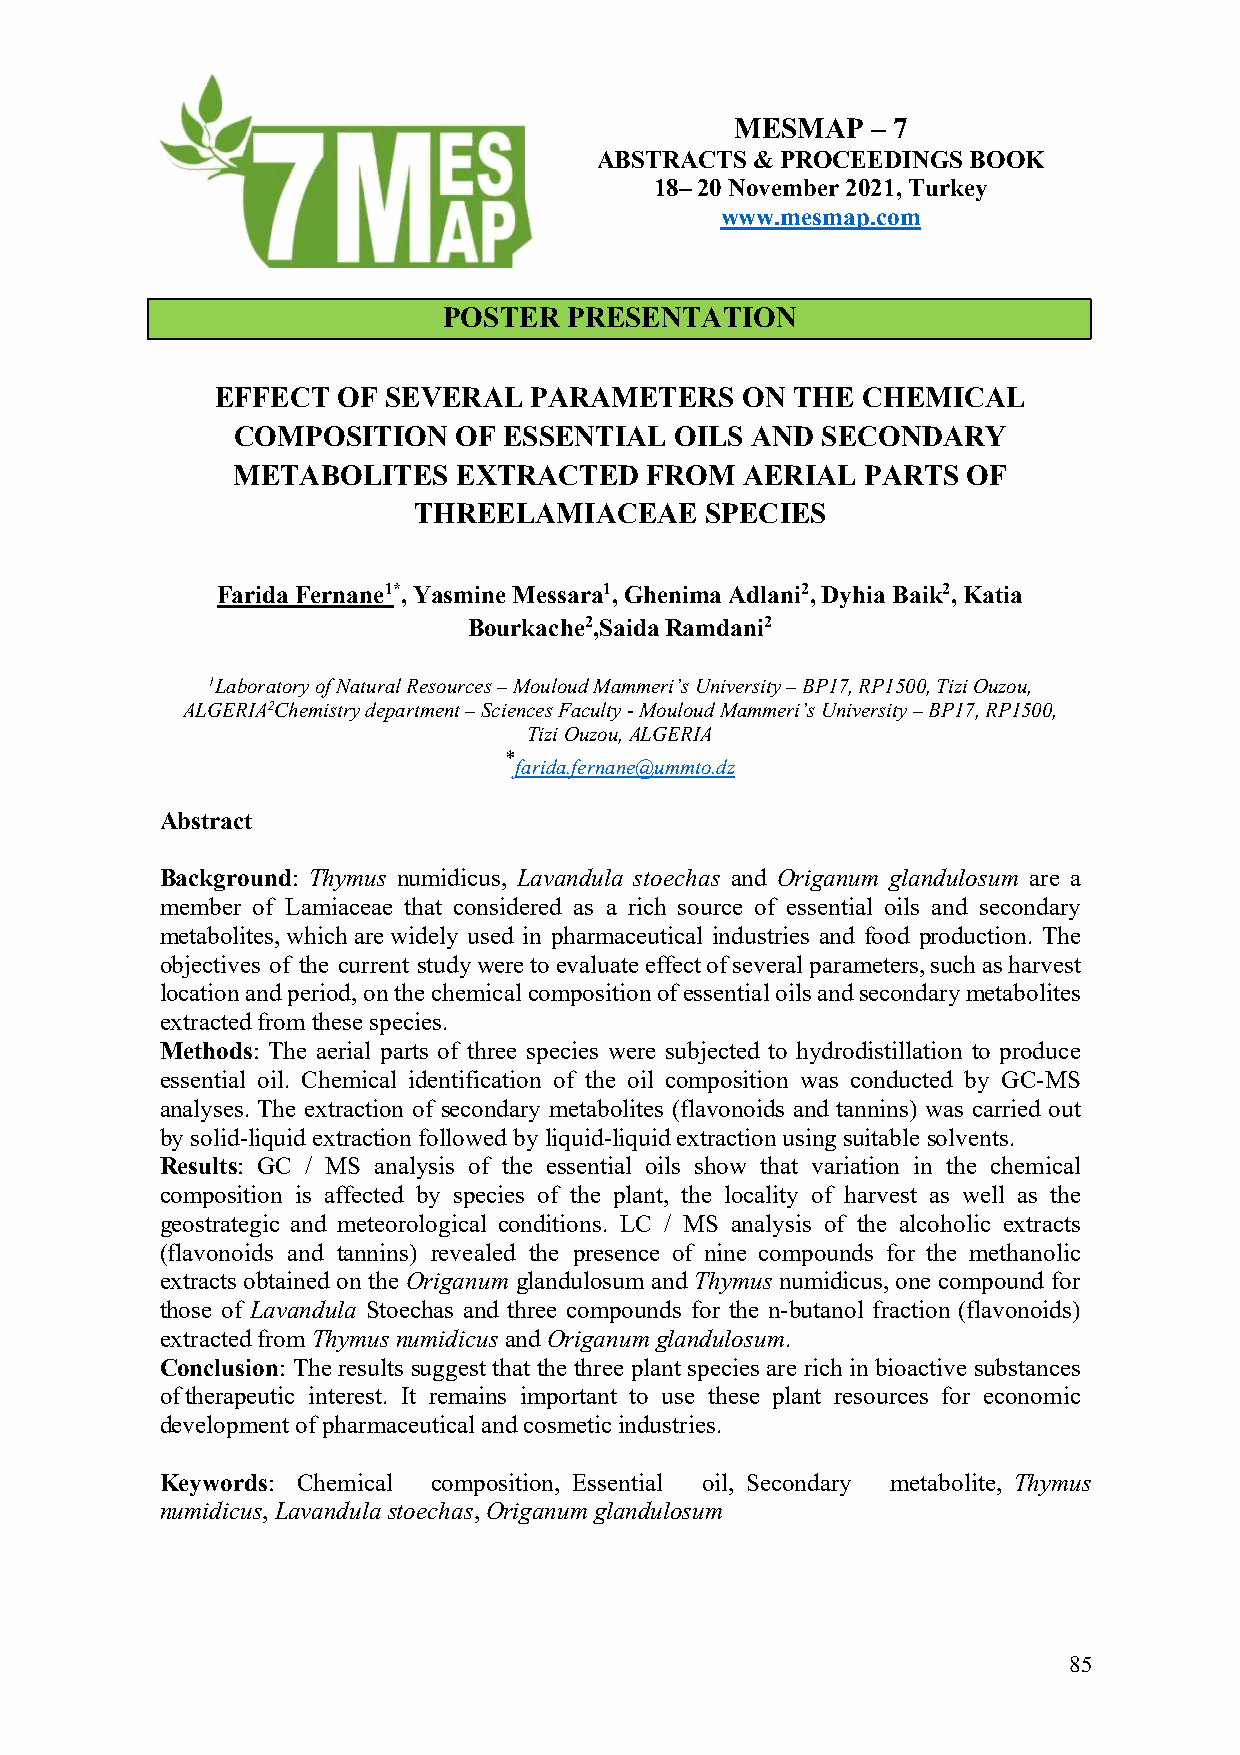
MESMAP   – 7
 ABSTRACTS  & PROCEEDINGS BOOK
 18– 20 November 2021, Turkey
 www.mesmap.com
 POSTER   PRESENTATION
 EFFECT  OF SEVERAL   PARAMETERS    ON THE  CHEMICAL
 COMPOSITION    OF ESSENTIAL   OILS AND SECONDARY
 METABOLITES    EXTRACTED    FROM  AERIAL  PARTS  OF
 THREE  LAMIACEAE    SPECIES
 Farida Fernane1*, Yasmine Messara1, Ghenima Adlani2, Dyhia Baik2, Katia
 Bourkache2, Saida Ramdani2
 1Laboratory of Natural Resources – Mouloud Mammeri’s University – BP17, RP1500, Tizi Ouzou,
 ALGERIA 2Chemistry department – Sciences Faculty - Mouloud Mammeri’s University – BP17, RP1500,
 Tizi Ouzou, ALGERIA
 *
 farida.fernane@ummto.dz
 Abstract
 Background: Thymus numidicus, Lavandula stoechas and Origanum glandulosum are a
 member of Lamiaceae that considered as a rich source of essential oils and secondary
 metabolites, which are widely used in pharmaceutical industries and food production. The
 objectives of the current study were to evaluate effect of several parameters, such as harvest
 location and period, on the chemical composition of essential oils and secondary metabolites
 extracted from these species.
 Methods: The aerial parts of three species were subjected to hydrodistillation to produce
 essential oil. Chemical identification of the oil composition was conducted by GC-MS
 analyses. The extraction of secondary metabolites (flavonoids and tannins) was carried out
 by solid-liquid extraction followed by liquid-liquid extraction using suitable solvents.
 Results: GC / MS analysis of the essential oils show that variation in the chemical
 composition is affected by species of the plant, the locality of harvest as well as the
 geostrategic and meteorological conditions. LC / MS analysis of the alcoholic extracts
 (flavonoids and tannins) revealed the presence of nine compounds for the methanolic
 extracts obtained on the Origanum glandulosum and Thymus numidicus, one compound for
 those of Lavandula Stoechas and three compounds for the n-butanol fraction (flavonoids)
 extracted from Thymus numidicus and Origanum glandulosum.
 Conclusion: The results suggest that the three plant species are rich in bioactive substances
 of therapeutic interest. It remains important to use these plant resources for economic
 development of pharmaceutical and cosmetic industries.
 Keywords: Chemical composition, Essential oil, Secondary metabolite, Thymus
 numidicus, Lavandula stoechas, Origanum glandulosum
 85